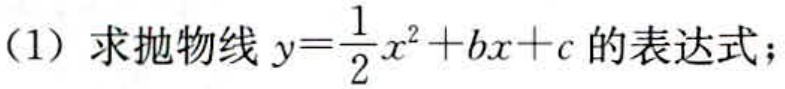
（1）求抛物线 \(y = \frac{1}{2}x^{2}+bx + c\) 的表达式；